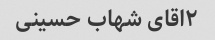
۲اقای شهاب حسینی